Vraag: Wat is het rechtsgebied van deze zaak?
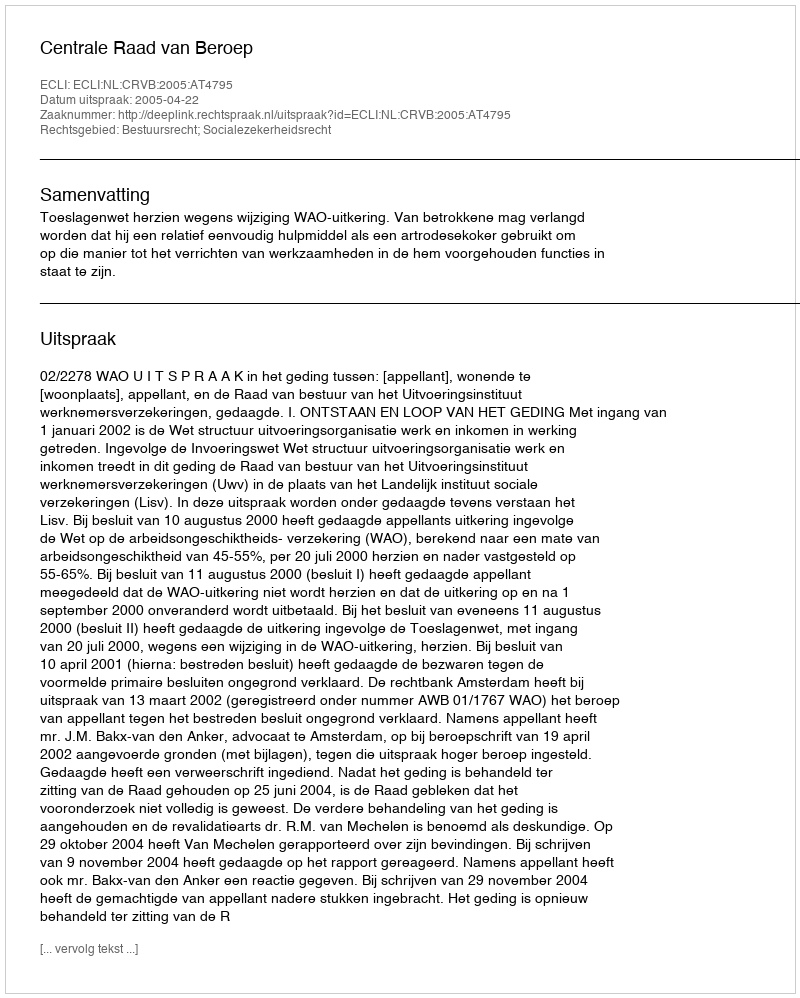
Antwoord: Bestuursrecht; Socialezekerheidsrecht